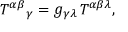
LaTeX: T ^ { \alpha \beta } { } _ { \gamma } = g _ { \gamma \lambda } \, T ^ { \alpha \beta \lambda } ,